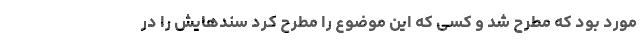
مورد بود که مطرح شد و کسی که این موضوع را مطرح کرد سندهایش را در